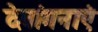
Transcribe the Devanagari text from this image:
देवांगनाएं